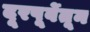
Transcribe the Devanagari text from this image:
दूरपूर्वेतून